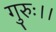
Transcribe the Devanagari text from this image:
गुरुः।।